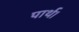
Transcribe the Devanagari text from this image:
पार्थ।